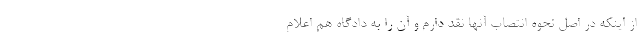
از اینکه در اصل نحوه انتصاب آنها نقد دارم و آن را به دادگاه هم اعلام